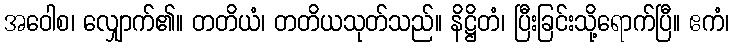
အဝေါစ၊ လျှောက်၏။ တတိယံ၊ တတိယသုတ်သည်။ နိဋ္ဌိတံ၊ ပြီးခြင်းသို့ရောက်ပြီ။ ဧကံ၊